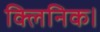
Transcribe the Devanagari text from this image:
क्लिनिक।